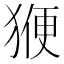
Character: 𭸝